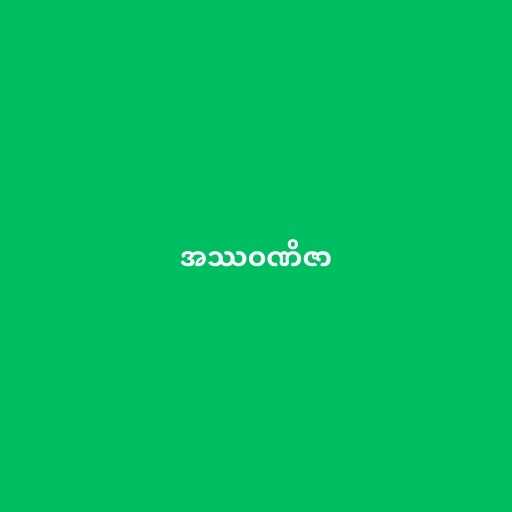
အဿဝဏိဇာ